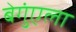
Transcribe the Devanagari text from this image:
बेगुंएला